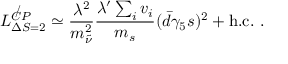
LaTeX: L _ { \Delta S = 2 } ^ { \not { C P } } \simeq \frac { \lambda ^ { 2 } } { m _ { \tilde { \nu } } ^ { 2 } } \frac { \lambda ^ { \prime } \sum _ { i } ^ { } v _ { i } } { m _ { s } } ( \bar { d } \gamma _ { 5 } s ) ^ { 2 } + \mathrm { h . c . } ~ .